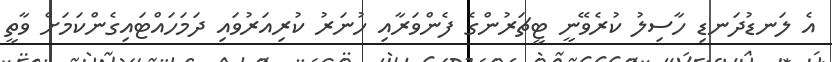
އެ ލަނޑުދަނޑި ހާސިލު ކުރެވޭނީ ޓީޗަރުންގެ ފެންވަރާއި ހުނަރު ކުރިއަރުވައި ދަމަހައްޓައިގެންކަމަށް ވާތީ